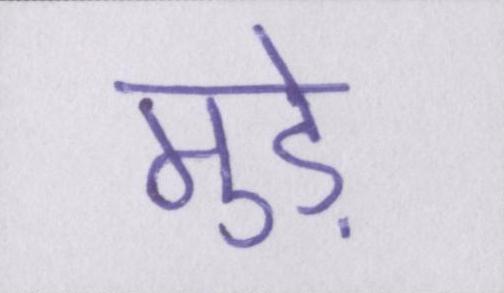
मुड़े